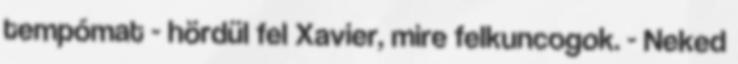
tempómat - hördül fel Xavier, mire felkuncogok. - Neked